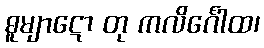
ဓူမျာဋော တု ကလိင်္ဂေါထ၊